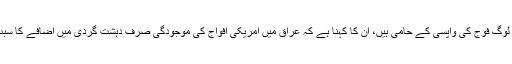
ج: جو لوگ فوج کی واپسی کے حامی ہیں، اُن کا کہنا ہے کہ عراق میں امریکی افواج کی موجودگی صرف دہشت گردی میں اضافے کا سبب ہے۔